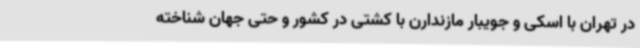
در تهران با اسکی و جویبار مازندارن با کشتی در کشور و حتی جهان شناخته